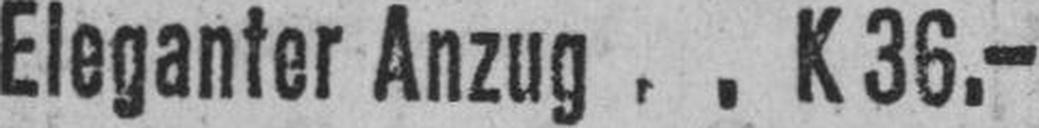
Eleganter Anzug K 36.—